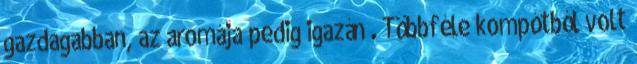
gazdagabban, az aromája pedig igazán . Többféle kompótból volt